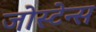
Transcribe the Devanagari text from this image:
जोस्टेन्स